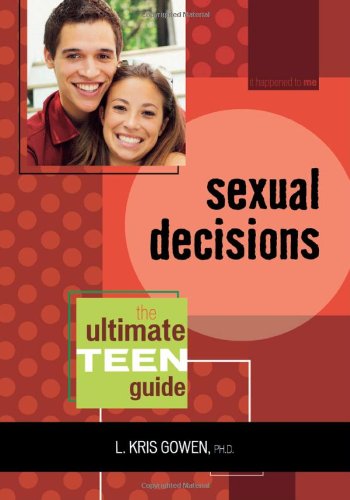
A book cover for Sexual Decisions: The Ultimate Teen Guide (It Happened to Me); L. Kris Gowen; Teen & Young Adult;